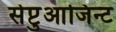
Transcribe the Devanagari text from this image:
सेप्टुआजिन्ट